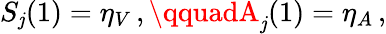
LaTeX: S_{\mathit{j}}(1)=\eta_{V}\, ,\qquadA_{\mathit{j}}(1)=\eta_{A}\, ,